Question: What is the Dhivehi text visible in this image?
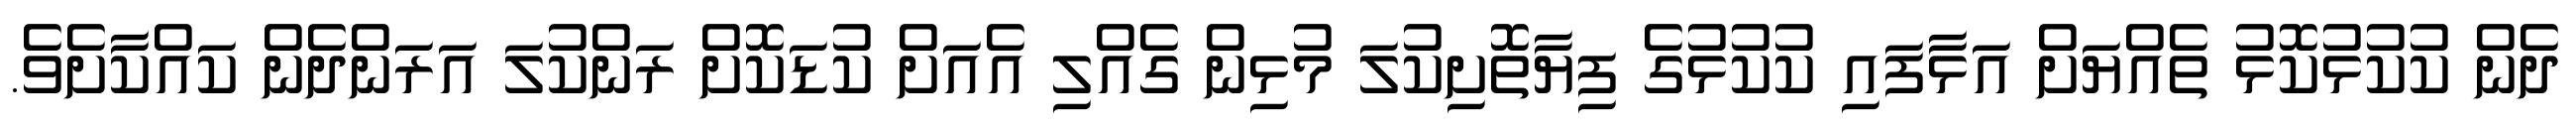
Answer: ދެން ކުކުޅުކޮޅު ތެއްޔަށް އަޅާފައި ކުކުޅުގެ ފިޔާތޮށިކުލަ މުޅިން ގެއްލި އެއަށް ކުޑަކޮށް ރަންކުލަ އަރަންދެން ކައްކާށެވެ.